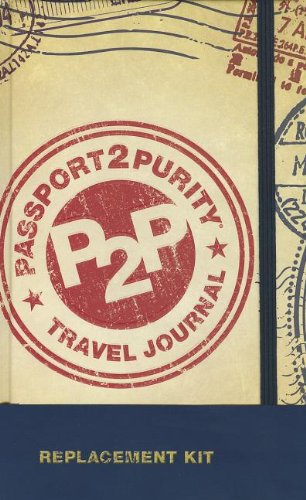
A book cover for Passport2purity Travel Journal Replacement Kit; Dennis Rainey; Christian Books & Bibles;